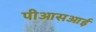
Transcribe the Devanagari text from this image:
पीआसआई